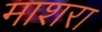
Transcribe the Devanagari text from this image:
माशरा